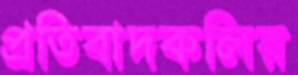
প্রতিবাদকলির